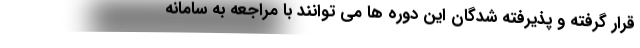
قرار گرفته و پذیرفته شدگان این دوره ها می توانند با مراجعه به سامانه